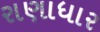
રાણાધાર